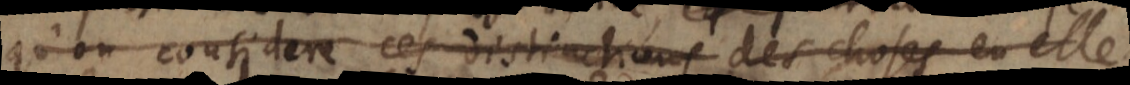
qu’on considere ces distinctions des choses en elle